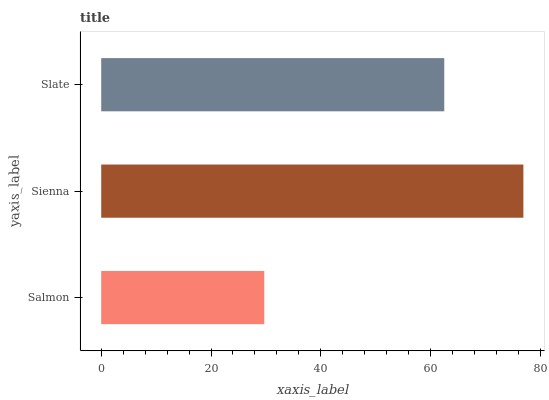
| yaxis_label | bars |
 | --- | --- |
 | Salmon | 29.7 |
 | Sienna | 76.9 |
 | Slate | 62.5 |